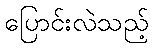
ပြောင်းလဲသည့်